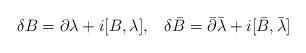
LaTeX: \begin{align*}\delta B=\partial\lambda+i[B,\lambda], \hskip 10pt\delta \bar B=\bar\partial\bar\lambda+i[\bar B,\bar\lambda]\end{align*}